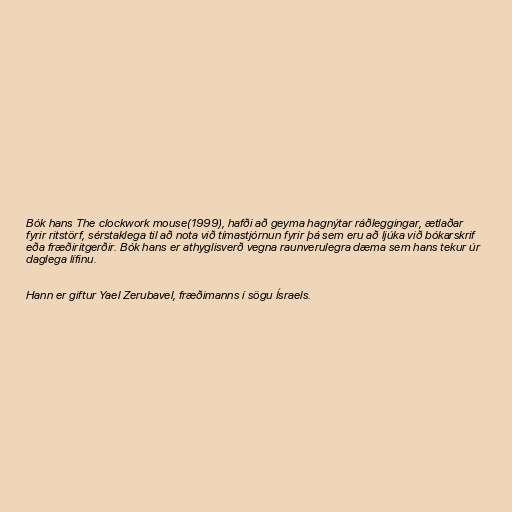
Bók hans The clockwork mouse(1999), hafði að geyma hagnýtar ráðleggingar, ætlaðar
fyrir ritstörf, sérstaklega til að nota við tímastjórnun fyrir þá sem eru að ljúka við bókarskrif
eða fræðiritgerðir. Bók hans er athyglisverð vegna raunverulegra dæma sem hans tekur úr
daglega lífinu.

Hann er giftur Yael Zerubavel, fræðimanns í sögu Ísraels.